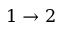
1 \rightarrow 2